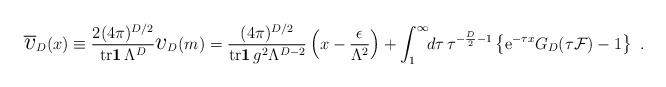
LaTeX: \begin{align*}\overline{\mbox{\Large$v$}}_{D}(x)\equiv{2(4\pi)^{D/2}\over{\mathrm{tr}}{\bf1}\,\Lambda^{D}}{\mbox{\Large$v$}}_{D}(m)={(4\pi)^{D/2}\over{\mathrm{tr}}{\bf1}\,g^{2}\Lambda^{D-2}}\left(x-{\epsilon\over\Lambda^{2}}\right)+\int_{1}^{\infty}\!\!d\tau\,\tau^{-{D\over2}-1}\left\{{\mathrm e}^{-\tau x}G_{D}(\tau{\cal F})-1\right\}\ .\end{align*}